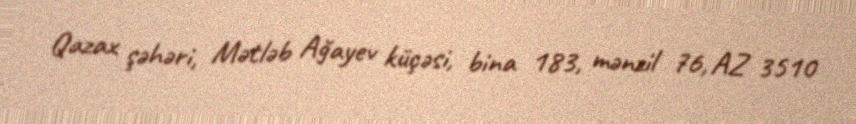
Qazax şəhəri, Mətləb Ağayev küçəsi, bina 183, mənzil 76, AZ 3510